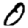
Digit: 0